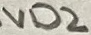
Text: VD2